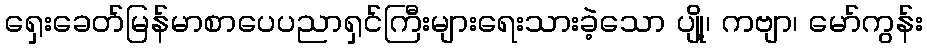
ရှေးခေတ်မြန်မာစာပေပညာရှင်ကြီးများရေးသားခဲ့သော ပျို့၊ ကဗျာ၊ မော်ကွန်း